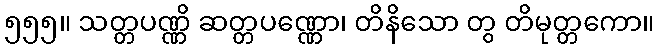
၅၅၅။ သတ္တပဏ္ဏိ ဆတ္တပဏ္ဏော၊ တိနိသော တွ တိမုတ္တကော။